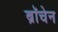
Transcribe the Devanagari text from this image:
ब्रॉचेन